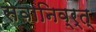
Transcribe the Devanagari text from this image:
सेवानिव्र्त्